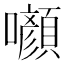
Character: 㘖